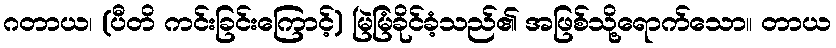
ဂတာယ၊ (ပီတိ ကင်းခြင်းကြောင့်) မြဲမြံခိုင်ခံ့သည်၏ အဖြစ်သို့ရောက်သော။ တာယ